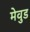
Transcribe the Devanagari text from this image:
मेवुड